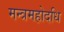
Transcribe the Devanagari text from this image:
मन्त्रमहोदधि